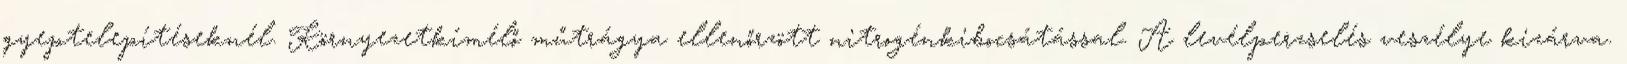
gyeptelepítéseknél. Környezetkímélő műtrágya ellenőrzött nitrogénkibocsátással. A levélperzselés veszélye kizárva.